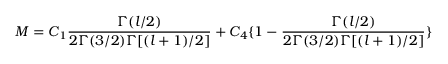
M = C _ { 1 } \frac { \Gamma ( l / 2 ) } { 2 \Gamma ( 3 / 2 ) \Gamma [ ( l + 1 ) / 2 ] } + C _ { 4 } \{ 1 - \frac { \Gamma ( l / 2 ) } { 2 \Gamma ( 3 / 2 ) \Gamma [ ( l + 1 ) / 2 ] } \}